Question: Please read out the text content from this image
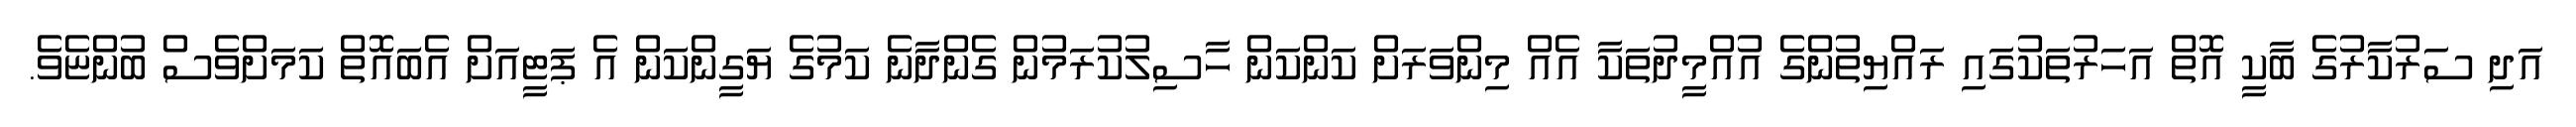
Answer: އަދި ސަރުކާރުގެ ބާކީ އޮތް އަހަރުތަކުގައި ރައްޔިތުންގެ އުއްމީދުތަކާ އެއް މިންވަރަށް ކަންކަން ހާސިލުކުރަމުން ގެންދާނެ ކަމުގެ ޔަގީންކަން އެ ޕަޓީއަށް އެބައޮތް ކަމަށްވެސް ބުންޏެވެ.